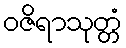
ဝဇိရာသုတ္တံ